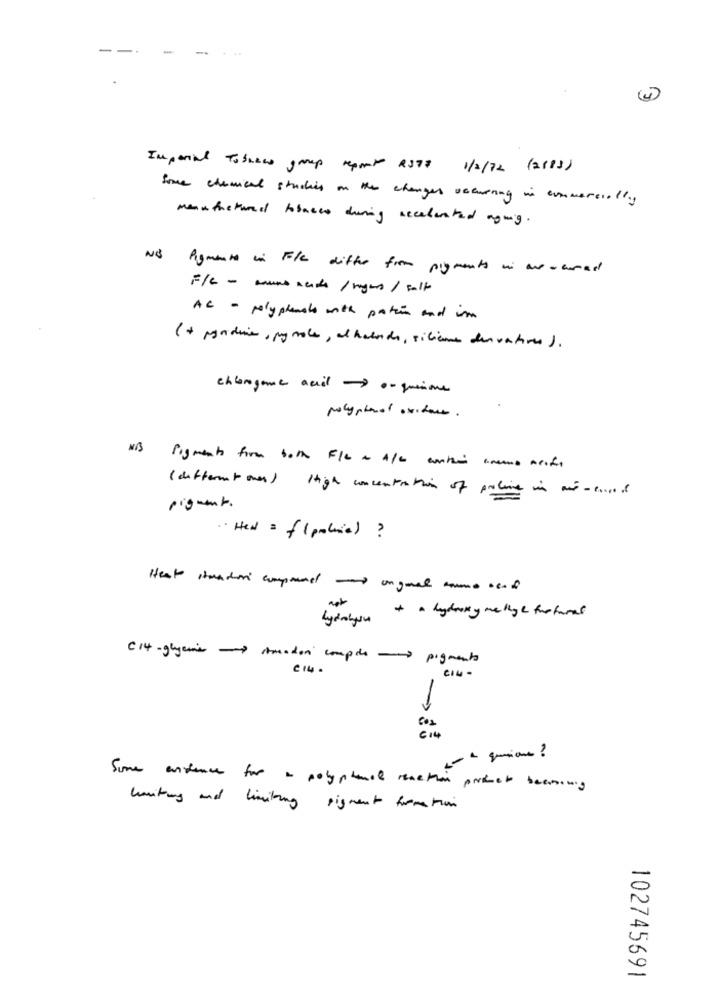
--
-.
-
Imperial Tobacco group report 2378 1/2/72 (2883)
some chemical studies on the changes occurring in commercially
manufactured tobacco during accelerated aging.
N& Pigments in File differ from pigments in one acamed
F/C - mane Keith / rogers / salt
AC - polyphenals with patin and im
( + posodie , py mole, al haberde, siliana derivatives ).
changeme acil 0- quesione
polyphenol oxidore.
NB Pigments form both F/C + A/C arather anemo ments
(different ones) High concentration of proline in and -envois
pigment .
·· Head = { ( policie) ?
Heat stunder composed-ongual como send
+ a hydroxy methyl facturas
C14 - guyane Amador compte - pigments
€14.
CIN -
Some andhence for a polyphenol reaction products becoming
hunting and limiting pigment formation
102745691